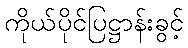
ကိုယ်ပိုင်ပြဋ္ဌာန်းခွင့်